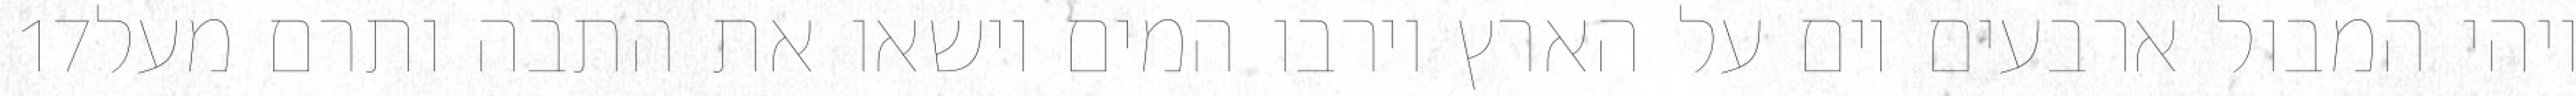
‎17‏ ויהי המבול ארבעים יום על הארץ וירבו המים וישאו את התבה ותרם מעל